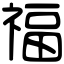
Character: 福